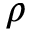
\rho